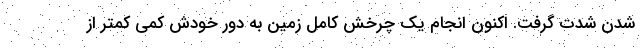
شدن شدت گرفت. اکنون انجام یک چرخش کامل زمین به دور خودش کمی کمتر از